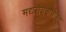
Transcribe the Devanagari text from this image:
मद्यसेवनाबाबत